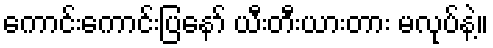
ကောင်းကောင်းပြနော် ယီးတီးယားတား မလုပ်နဲ့။